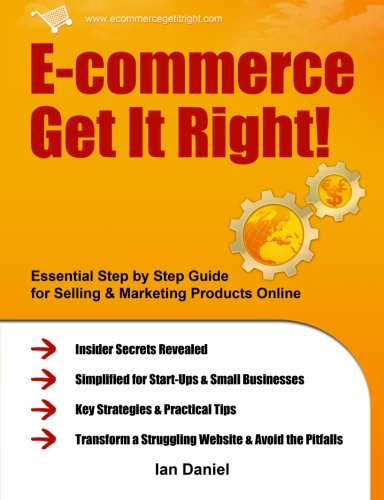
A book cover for E-commerce Get It Right!: Essential Step by Step Guide for Selling & Marketing Products Online. Insider Secrets, Key Strategies & Practical Tips - Simplified for Your StartUp & Small Business; Ian Daniel; Business & Money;